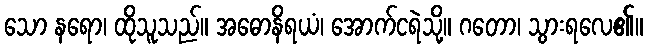
သော နရော၊ ထိုသူသည်။ အဓောနိရယံ၊ အောက်ငရဲသို့။ ဂတော၊ သွားရလေ၏။